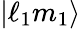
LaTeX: \vert\ell_{1}m_{1}\rangle